Madras plague regulations in force outside the Presidency town - Volume 3
Disease focus: Plague
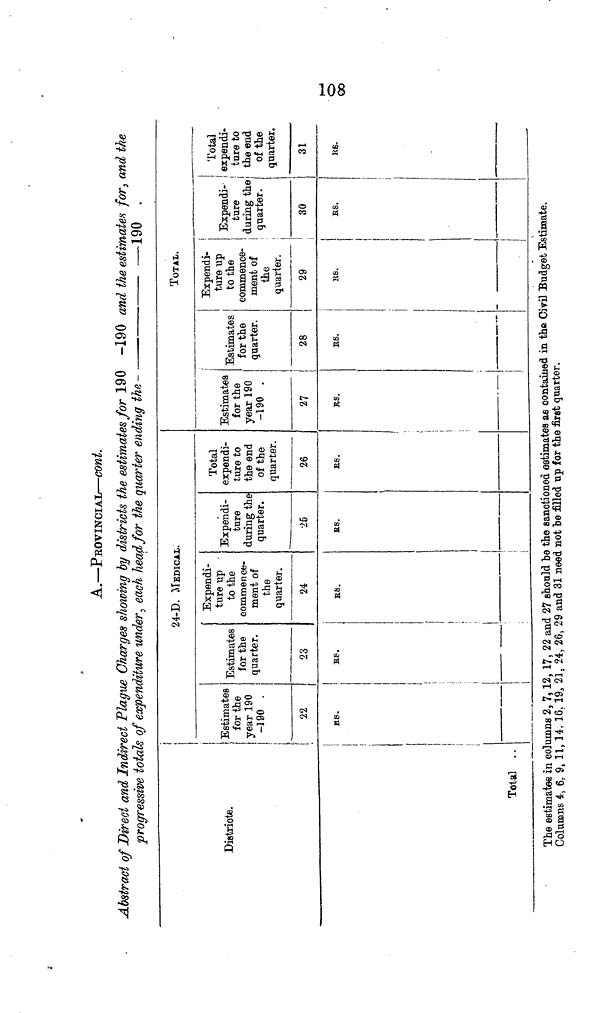
K- 1
O
GO
A.—PEOVINCIAL—cont.
Abstract of Direct and Indirect Plague Charges showing by districts the estimates for 190 -190 and the estimate* for, and the
progressive totals of expenditure under., eaoh Jiearffor the quarter ending the
—190
Distriote.
Total . .
24-D. MEDICAL.
1
1 Estimates
• for the
: year 190
-190 .
22
KS.
Estimates
for the
quarter.
23
E.S.
Expendi-
ture up
to the
commence-
ment of
the
quarter.
24
RS.
I
1
j
1
Expendi-
ture
during the
quarter.
25
ES.
!
Total
expendi-
ture to
the end
of the
quarter.
26
R6.
TOTAL.
Estimates
for the
year 190
-190 .
27
BS.
]
1
Estimates
for the
quarter.
28
ES.
Expendi-
ture up
to the
commence-
ment of
the
quarter.
29
„~.
Expendi-
ture
during the
, quarter.
30
l
us.
i
!
Total
! expendi-
! ture to
the end
of the
quarter.
31
R6.
The estimates in columns 2, 7,12, 17, 22 and 27 should be the sanctioned estimates as contained in the Civil Budget Estimate.
Columns 4> 6 r 9, 11,14. 16, 19, 21. 24, 26, 29 and 31 need not be filled up for the first quarter.